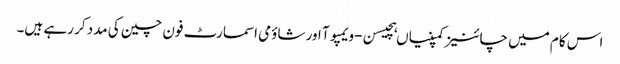
اس کام میں چائنیز کمپنیاں ہچیسن-ویمپوآ اور شاؤمی اسمارٹ فون چین کی مدد کر رہے ہیں۔